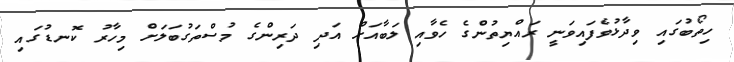
ހިތޯބުގައި ވިދާޅުވެފައިވަނީ ރައްޔިތުންގެ ހެވާއި ލަބާއަށް އަދި ދަރިންގެ މުސްތަގުބަލަށް މިހާރު ކޮނޑުގައި